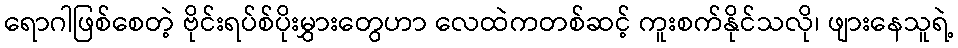
ရောဂါဖြစ်စေတဲ့ ဗိုင်းရပ်စ်ပိုးမွှားတွေဟာ လေထဲကတစ်ဆင့် ကူးစက်နိုင်သလို၊ ဖျားနေသူရဲ့